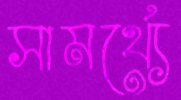
সামর্থ্যে